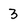
Character: 3